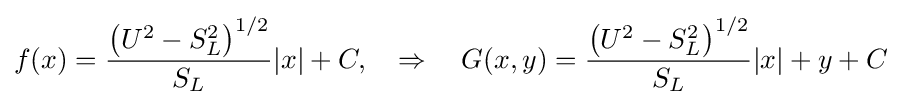
f(x)={\frac {\left(U^{2}-S_{L}^{2}\right)^{1/2}}{S_{L}}}|x|+C,\quad \Rightarrow \quad G(x,y)={\frac {\left(U^{2}-S_{L}^{2}\right)^{1/2}}{S_{L}}}|x|+y+C